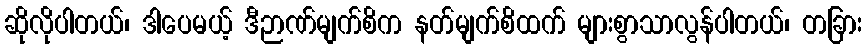
ဆိုလိုပါတယ်၊ ဒါပေမယ့် ဒီဉာဏ်မျက်စိက နတ်မျက်စိထက် များစွာသာလွန်ပါတယ်၊ တခြား